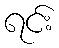
ရင်း